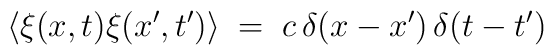
\langle\xi(x,t)\xi(x',t')\rangle\; = \; c \, \delta (x-x')\, \delta (t-t')